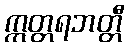
ဣတ္တရဘတ္တီ